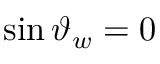
\sin \vartheta _ { w } = 0